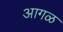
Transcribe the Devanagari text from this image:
अागळ